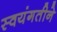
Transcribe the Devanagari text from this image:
स्वयंगतीने